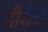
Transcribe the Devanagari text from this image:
दीशेस